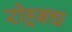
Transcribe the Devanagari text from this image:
रोह्र्बच